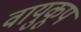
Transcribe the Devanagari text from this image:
वायुकूप